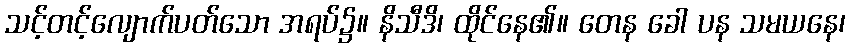
သင့်တင့်လျောက်ပတ်သော အရပ်၌။ နိသီဒိ၊ ထိုင်နေ၏။ တေန ခေါ ပန သမယနေ၊